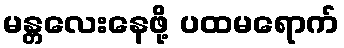
မန္တလေးနေဖို့ ပထမရောက်